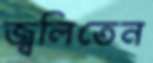
জ্বলিতেন